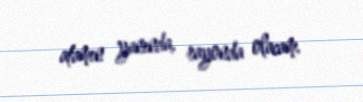
atamın yanında, rayonda olacam.